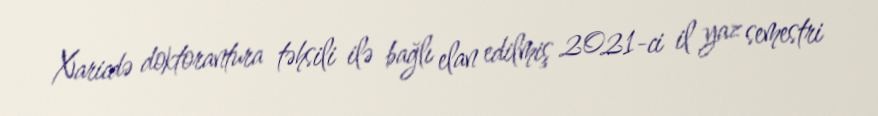
Xaricdə doktorantura təhsili ilə bağlı elan edilmiş 2021-ci il yaz semestri